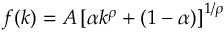
f ( k ) = A \left[ \alpha k ^ { \rho } + ( 1 - \alpha ) \right] ^ { 1 / \rho }